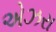
એઝરા